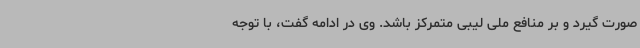
صورت گیرد و بر منافع ملی لیبی متمرکز باشد. وی در ادامه گفت، با توجه